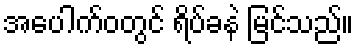
အပေါက်ဝတွင် ရိပ်ခနဲ မြင်သည်။